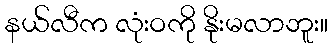
နယ်လီက လုံးဝကို နိုးမလာဘူး။